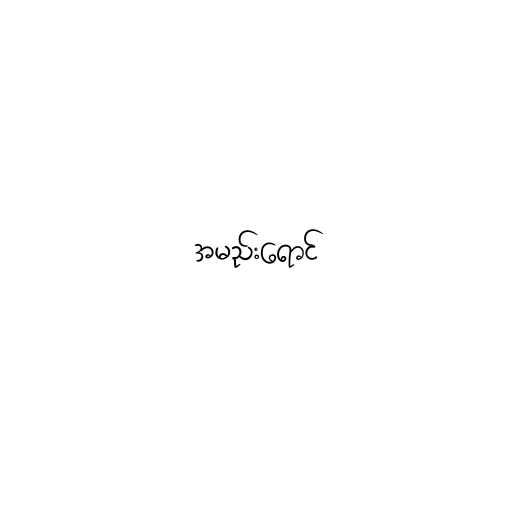
အမည်းရောင်